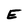
Character: E